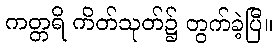
ကတ္တရိ ကိတ်သုတ်၌ တွက်ခဲ့ပြီ။